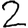
Digit: 2